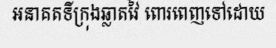
អនាគតទីក្រុងឆ្លាតវៃ ពោរពេញទៅដោយ